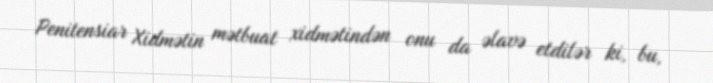
Penitensiar Xidmətin mətbuat xidmətindən onu da əlavə etdilər ki, bu,